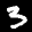
Label: 3